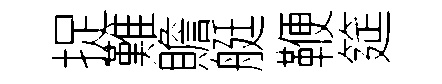
捉難贍艇鞭筵